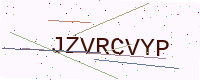
Text: JZVRCVYP